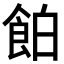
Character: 𩛇